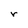
Character: r